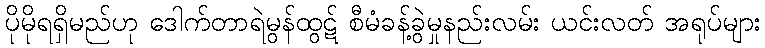
ပိုမိုရရှိမည်ဟု ဒေါက်တာရဲမွန်ထွဋ် စီမံခန့်ခွဲမှုနည်းလမ်း ယင်းလတ် အရုပ်များ